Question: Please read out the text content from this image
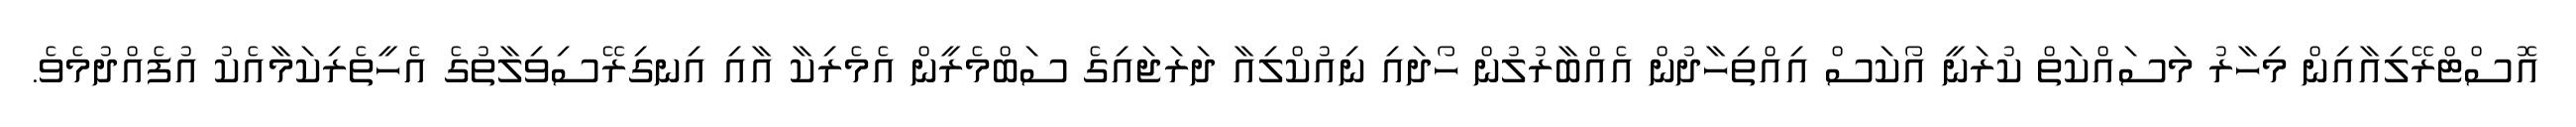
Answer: އޮސްޓްރޭލިއާއިން މިހާރު މަސައްކަތް ކުރަނީ އޯކަސް އިއްތިހާދުން އެއްބާރުލުން ހޯދައި ނިއުކްލިއާ ދަރަޖައިގެ ސަބްމެރީން އެމެރިކާ އާއި އިނގިރޭސިވިލާތުގެ އެހީތެރިކަމާއެކު އުފެއްދުމެވެ.